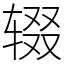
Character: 辍